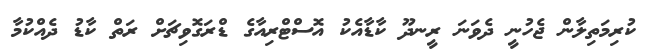
ކުރިމަތިލާން ޖެހުނީ ދެވަނަ ރީނދޫ ކާޑާއެކު އޮސްޓްރިއާގެ ޑްރަގޮވިޗަށް ރަތް ކާޑު ދެއްކުމާ